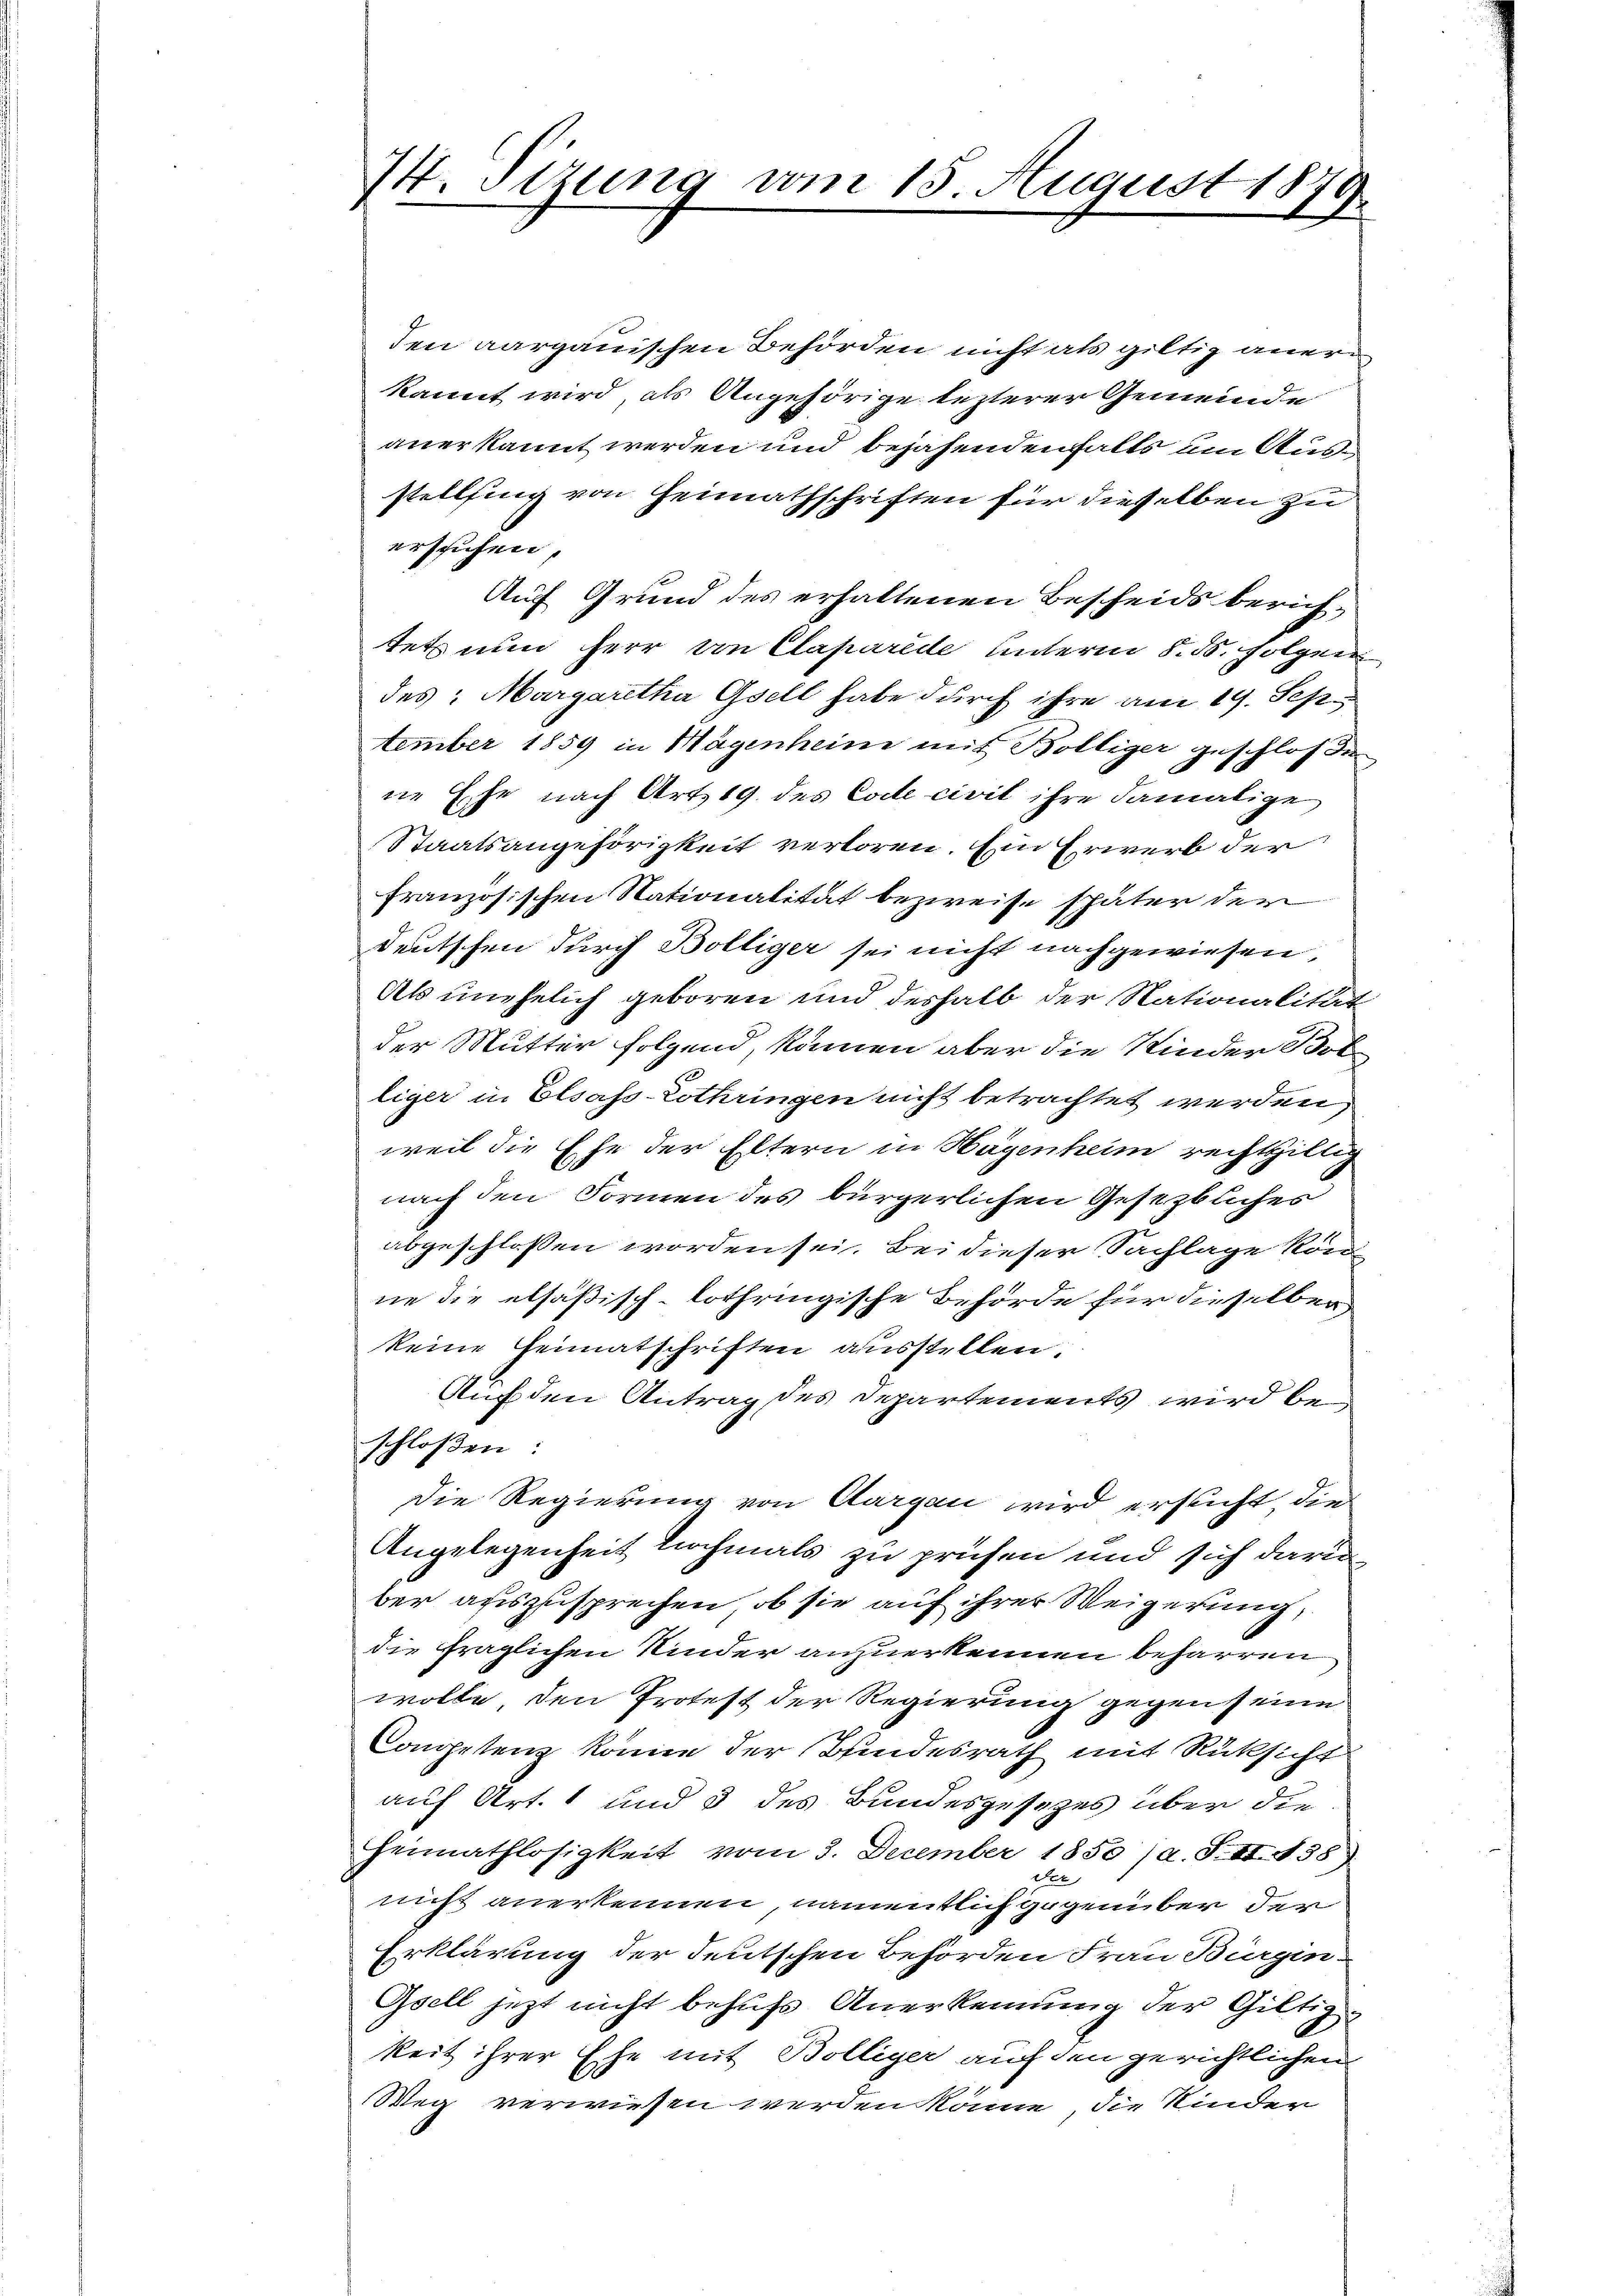
¼. Sizung vom 15. August 1879.

den aargauischen Behörden nicht als giltig anerkannt wird, als Angehörige lezterer Gemeinde
anerkannt werden und bejahendenfalls um Ausstellfing von Heimathschriften für dieselben zu
ersuchen,
Auf Grund des erhaltenen Bescheids berichtets nun herr von Claparede unterm 8. ds. folgen
des: Margaretha Gsell habe durch ihre am 19. Sep
tember 1859 in Mägenheim mit Boltiger geschloßen
ne Ehe nach Art. 19. des Code civil ihre damalige
Staatsangehörigkeit verloren. Ein Erwerb der
französischen Stationalität bezweife später der
Deutschen durch Bölliger sei nicht nachgewiesen,
Als unehelich geboren und deshalb der Nationalität
der Mutter folgend, können aber die Kinder Bolliger in Elsass Lothringen nicht betrachtet werden,
weil die Ehe der Eltern in Hagenheim rechthillig
nach den Formen des bürgerlichen Gesetzbuches
abgeschlossen worden sei. Bei dieser Sachlage kön
ne die elsaßisch-lothringische Behörde für dieselben
keine Heimatschriften ausstellen.
Auf den Antrag des Departements wird beschloßen:
Die Regierung von Aargau wird ersucht, die
Angelegenheit nochmals zu prüfen und sich dariber auszusprechen, ob sie auf ihrer Weigerung,
die fraglichen Kinder anzuerkennen beharren
wolle, den Protest der Regierung gegen seine
Competenz könne der Bundesrath mit Rücksicht
auf Art. 1 und 5 des Bundesgesetzes über die
Heimathlosigkeit vom 3. December 1850 (a. S. II. 438).
t
nicht anerkennen, namentlich gegenüber der
Erklärung der deutschen Behörden Frau Burgin.
Gsell jetzt nicht behufs Anerkennung der Giltiz-
keit ihrer Ehe mit Bolliger auf den gerichtlichen
Weg verwiesen werden könne, die Kinder